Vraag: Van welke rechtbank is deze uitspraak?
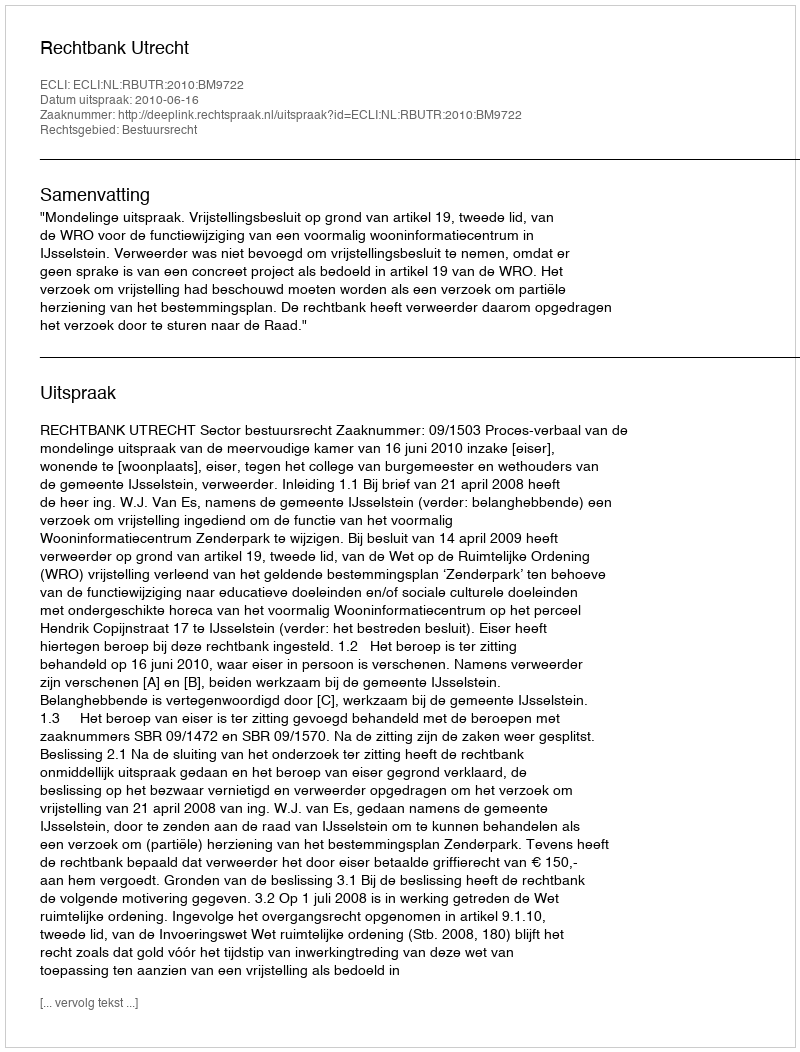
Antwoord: Rechtbank Utrecht